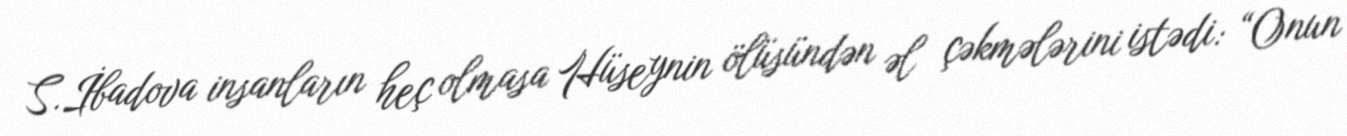
S.İbadova insanların heç olmasa Hüseynin ölüsündən əl çəkmələrini istədi: “Onun